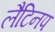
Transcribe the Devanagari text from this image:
लैटिनप